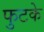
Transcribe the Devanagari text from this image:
फुटके